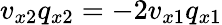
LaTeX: v_{x2}q_{x2}=-2v_{x1}q_{x1}